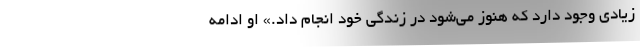
زیادی وجود دارد که هنوز می‌شود در زندگی خود انجام داد.» او ادامه